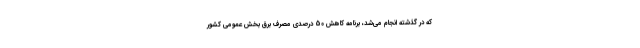
که در گذشته انجام می‌شد، برنامه کاهش 50 درصدی مصرف برق بخش عمومی کشور